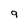
Character: 9